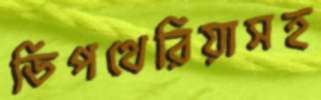
ডিপথেরিয়াসহ